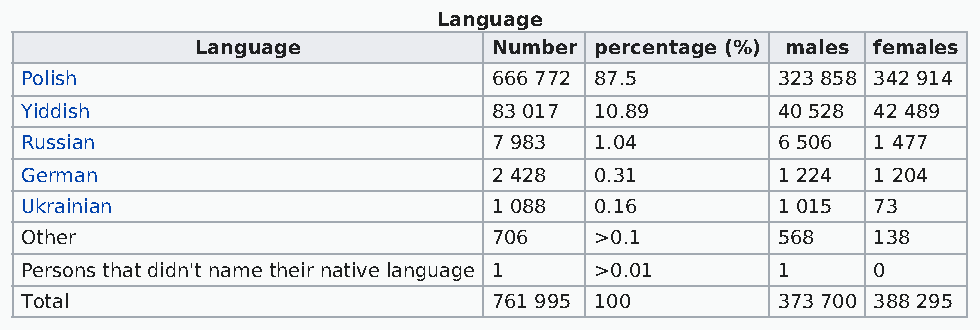
Language
 Language            Number percentage (%) males females
 Polish                          666 772 87.5      323 858 342 914
 Yiddish                         83 017 10.89      40 528 42 489
 Russian                         7 983 1.04        6 506  1 477
 German                          2 428 0.31        1 224  1 204
 Ukrainian                       1 088 0.16        1 015  73
 Other                           706   >0.1        568    138
 Persons that didn't name their native language 1 >0.01 1 0
 Total                           761 995 100       373 700 388 295